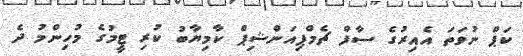
ކަޕް ނުވަތަ އެއިރުގެ ސާފް ޗެމްޕިއަންޝިޕް ކާމިޔާބު ކުރި ޓީމުގެ މުހިންމު ދެ